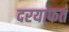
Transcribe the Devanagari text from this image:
दरयाफत